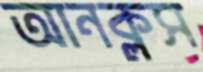
আনক্লস